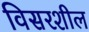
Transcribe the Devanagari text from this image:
विसरशील